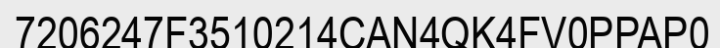
7206247F3510214CAN4QK4FV0PPAP0